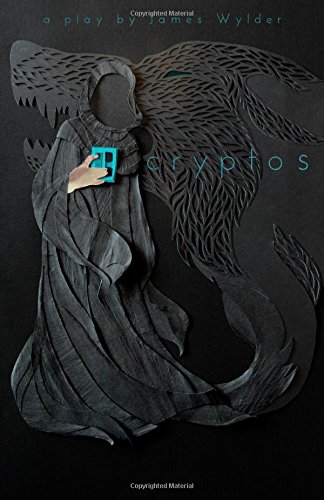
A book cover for Cryptos; James R Wylder; Literature & Fiction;